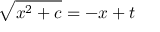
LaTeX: { \sqrt { x ^ { 2 } + c } } = - x + t